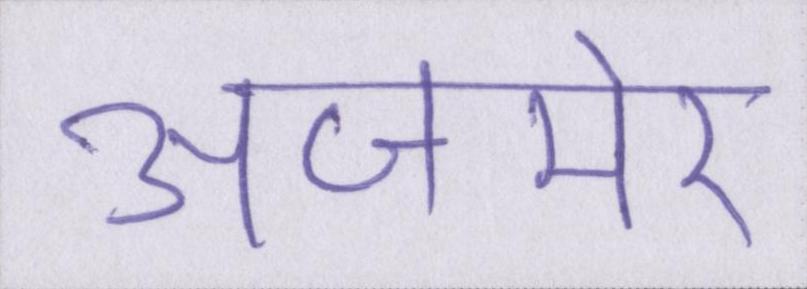
अजमेर